Regulations for the medical services of the Army of India
Year: 1930
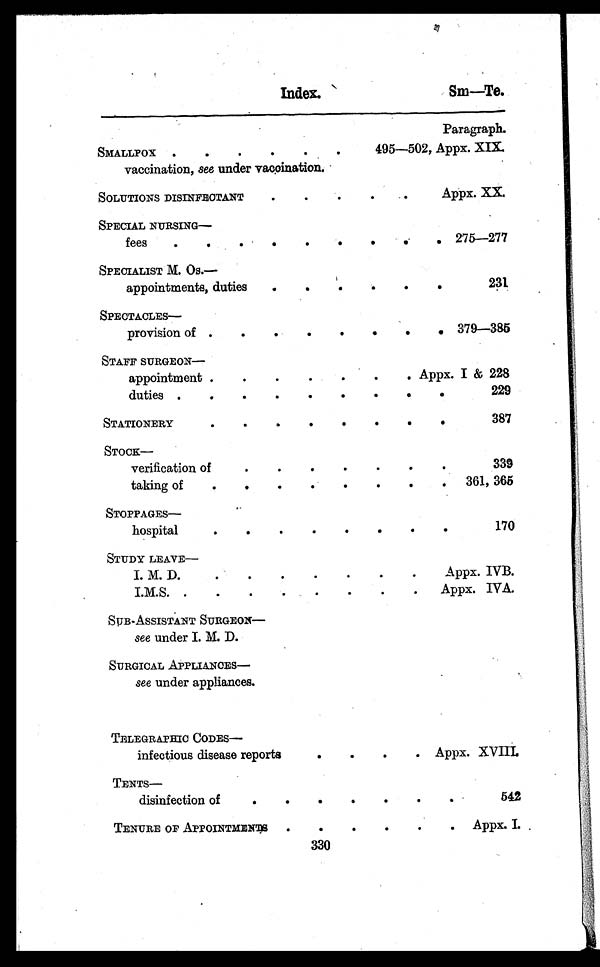
Index.
Sm—Te.
Paragraph.
SMALLPOX . . .
495—502, Appx. XIX.
vaccination, see under vaccination.
SOLUTIONS DISINFECTANT. . .
Appx. XX.
SPECIAL NURSING—
fees . . .
275—277
SPECIALIST M. Os.—
appointments, duties . . .
231
SPECTACLES—
provision of . . .
379—385
STAFF SURGEON—
appointment . . .
Appx. I & 228
duties . . .
229
STATIONERY . . .
387
STOCK—
verification of . . .
339
taking of . . .
361, 365
STOPPAGES—
hospital . . .
170
STUDY LEAVE—
I. M. D. . . .
Appx. IVB.
I.M.S. . . .
Appx. IVA.
SUB-ASSISTANT SURGEON—
see under I. M. D.
SURGICAL APPLIANCES—
see under appliances.
TELEGRAPHIC CODES—
infectious disease reports . . .
Appx. XVIII.
TENTS—
disinfection of . . .
542
TENURE OF APPOINTMENTS . . .
Appx. I.
330